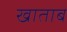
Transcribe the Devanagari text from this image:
खाताब